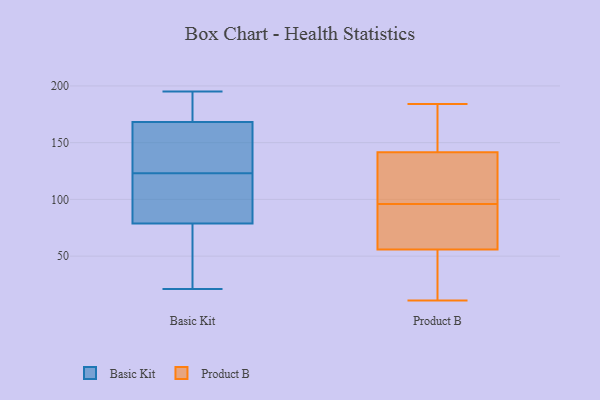
{"axis": {"x": "Revenue (USD Million)", "y": "Value"}, "legend": ["Basic Kit", "Product B"], "data": [{"x": "", "y": 123, "type": "Basic Kit"}, {"x": "", "y": 42, "type": "Basic Kit"}, {"x": "", "y": 60, "type": "Basic Kit"}, {"x": "", "y": 195, "type": "Basic Kit"}, {"x": "", "y": 85, "type": "Basic Kit"}, {"x": "", "y": 167, "type": "Basic Kit"}, {"x": "", "y": 156, "type": "Basic Kit"}, {"x": "", "y": 186, "type": "Basic Kit"}, {"x": "", "y": 21, "type": "Basic Kit"}, {"x": "", "y": 172, "type": "Basic Kit"}, {"x": "", "y": 107, "type": "Basic Kit"}, {"x": "", "y": 146, "type": "Basic Kit"}, {"x": "", "y": 123, "type": "Basic Kit"}, {"x": "", "y": 112, "type": "Product B"}, {"x": "", "y": 108, "type": "Product B"}, {"x": "", "y": 11, "type": "Product B"}, {"x": "", "y": 58, "type": "Product B"}, {"x": "", "y": 165, "type": "Product B"}, {"x": "", "y": 45, "type": "Product B"}, {"x": "", "y": 152, "type": "Product B"}, {"x": "", "y": 166, "type": "Product B"}, {"x": "", "y": 12, "type": "Product B"}, {"x": "", "y": 49, "type": "Product B"}, {"x": "", "y": 138, "type": "Product B"}, {"x": "", "y": 96, "type": "Product B"}, {"x": "", "y": 184, "type": "Product B"}, {"x": "", "y": 73, "type": "Product B"}, {"x": "", "y": 116, "type": "Product B"}, {"x": "", "y": 87, "type": "Product B"}, {"x": "", "y": 94, "type": "Product B"}]}